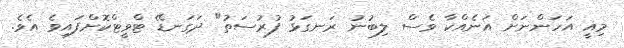
މިއީ އަހަންނަށް އަނެއްކާ ވެސް ލިބުނު ރަނގަޅު ފުރުސަތު" ދަގަނޑޭ ޓްވީޓްްކޮށްފައިވެ އެވެ.